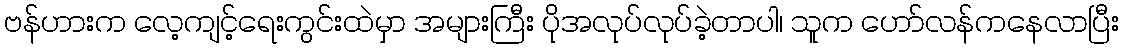
ဗန်ဟားက လေ့ကျင့်ရေးကွင်းထဲမှာ အများကြီး ပိုအလုပ်လုပ်ခဲ့တာပါ၊ သူက ဟော်လန်ကနေလာပြီး